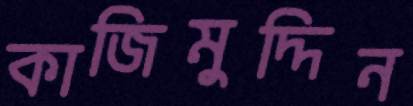
কাজিমুদ্দিন